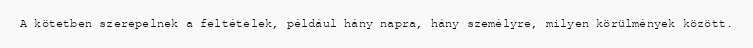
A kötetben szerepelnek a feltételek, például hány napra, hány személyre, milyen körülmények között.